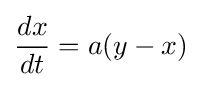
{\frac {dx}{dt}}=a(y-x)